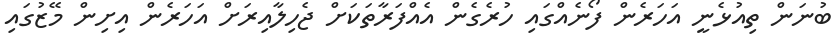
ބުނަން ތިއުޅެނީ އަހަރެން ފޯނެއްގައި ހުރެގެން އެއްފަރާތަކަށް ޖެހިލާއިރަށް އަހަރެން އިށިން މޭޒުގައި